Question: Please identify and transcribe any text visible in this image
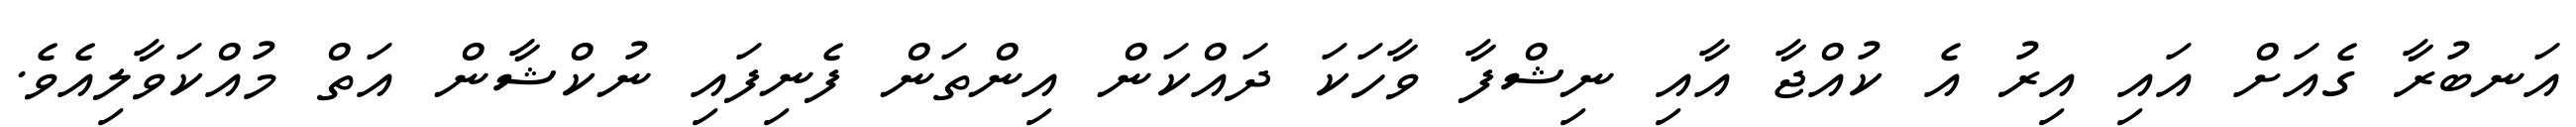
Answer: އަނބުރާ ގެއަށް އައި އިރު އެ ކުއްޖާ އާއި ނިޝްފާ ވާހަކަ ދައްކަން އިންތަން ފެނިފައި ނުކްޝާން އަތް މުއްކަވާލިއެވެ.